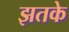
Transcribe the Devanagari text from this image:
झतके